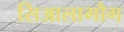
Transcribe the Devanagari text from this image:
सिआलागौग